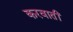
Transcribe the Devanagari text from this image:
करवातीं